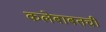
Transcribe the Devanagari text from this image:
कलेबाबतची